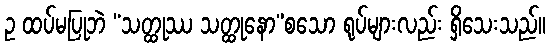
ဥ ထပ်မပြုဘဲ “သတ္ထုဿ သတ္ထုနော”စသော ရုပ်များလည်း ရှိသေးသည်။